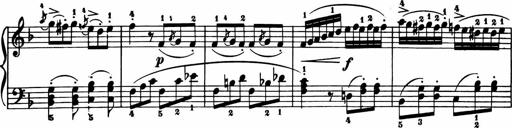
Title: 11 Sonatinas for Piano Solo
Composer: Anton Diabelli